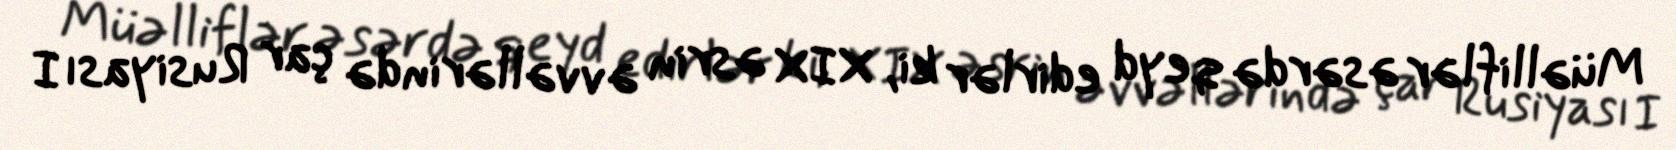
Müəlliflər əsərdə qeyd edirlər ki, XIX əsrin əvvəllərində çar Rusiyası I